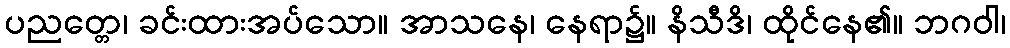
ပညတ္တေ၊ ခင်းထားအပ်သော။ အာသနေ၊ နေရာ၌။ နိသီဒိ၊ ထိုင်နေ၏။ ဘဂဝါ၊